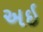
અઇ